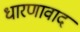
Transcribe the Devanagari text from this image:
धारणावाद